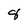
Character: 8